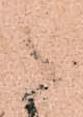
々